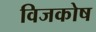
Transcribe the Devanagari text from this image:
विजकोष